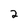
Character: 2